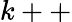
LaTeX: k++